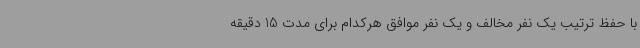
با حفظ ترتیب یک نفر مخالف و یک نفر موافق هرکدام برای مدت 15 دقیقه